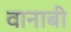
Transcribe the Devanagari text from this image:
वानाबी